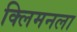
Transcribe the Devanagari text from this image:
क्लिमनला